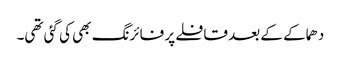
دھماکے کے بعد قافلے پر فائرنگ بھی کی گئی تھی۔